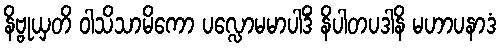
နိဗ္ဗုယှတိ ဝါသိသာမိကော ပလ္လောမမာပါဒိံ နိပါတပဒါနိ မဟာပနာဒံ